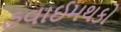
હવાઈમથકો